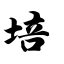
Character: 培